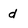
Character: d